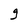
Character: g